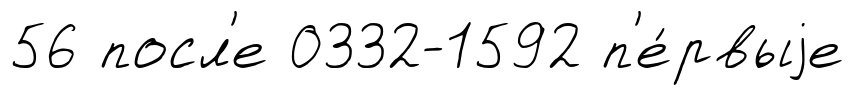
56 посл'е 0332-1592 п'е́рвыjе